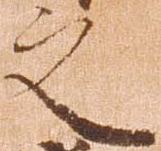
之